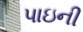
પાઇની